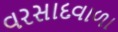
વરસાદવાળા